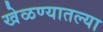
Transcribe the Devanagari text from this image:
खेळण्यातल्या